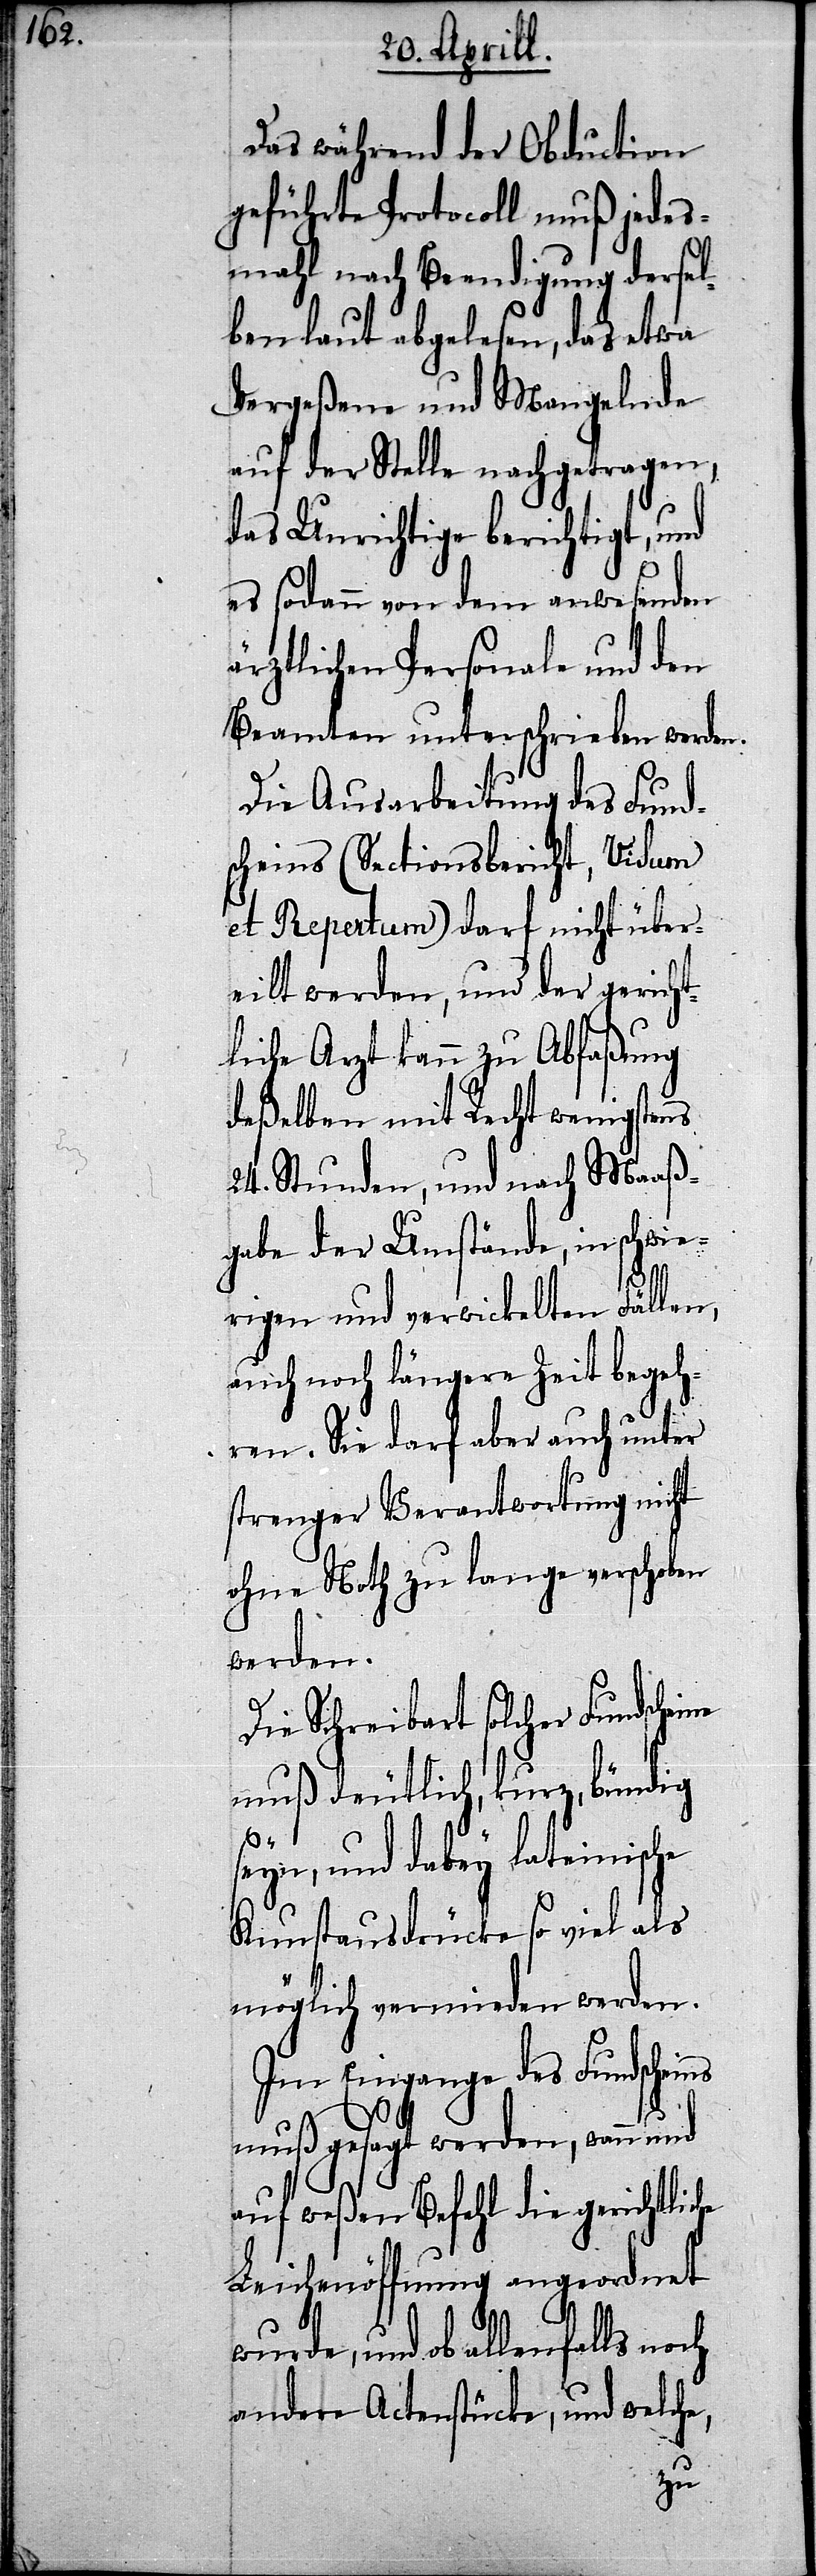
Das während der Obduction
geführte Protocoll muß jedes¬
mahl nach Beendigung dersel¬
ben laut abgelesen, das etwa
Vergeßene und Mangelnde
auf der Stelle nachgetragen,
das Unrichtige berichtigt, und
es sodann von dem anwesenden
ärztlichen Personale und den
Beamten unterschrieben werden.
Die Ausarbeitung des Fund¬
scheins (Sectionsbericht, Vidum
et Repertum) darf nicht über¬
eilt werden, und der gericht¬
liche Arzt kann zu Abfaßung
deßelben mit Recht wenigstens
24. Stunden, und nach Maaß¬
gabe der Umstände, in schwie¬
rigen und verwickelten Fällen,
auch noch längere Zeit begeh¬
ren. Sie darf aber auch unter
strenger Verantwortung nicht
ohne Noth zu lange verschoben
werden.
Die Schreibart solcher Fundsche¬
muß deutlich, kurz, bündig
ns
seyn, und dabey lateinische
Kunstausdrücke so viel als
möglich vermieden werden.
Im Eingange des Fundschei¬
muß gesagt werden, wann
auf weßen Befehl die gerichtliche
Leichenöffnung angeordnet
wurde, und ob allenfalls noch
andere Actenstände, und welche,